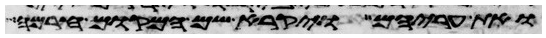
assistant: ואת עריהם ויקרא שם המקום חרמה